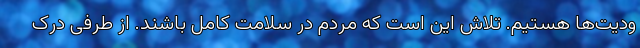
ودیت‌ها هستیم. تلاش این است که مردم در سلامت کامل باشند. از طرفی درک